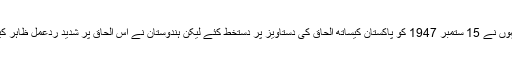
انہوں نے 15 ستمبر 1947 کو پاکستان کیساتھ الحاق کی دستاویز پر دستخط کئے لیکن ہندوستان نے اس الحاق پر شدید ردعمل ظاہر کیا۔